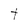
Character: t